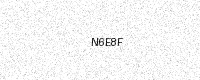
Text: N6E8F